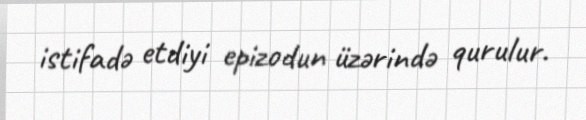
istifadə etdiyi epizodun üzərində qurulur.